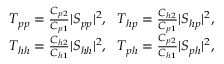
\begin{array} { r l r } & { } & { T _ { p p } = \frac { C _ { p 2 } } { C _ { p 1 } } \vert S _ { p p } \vert ^ { 2 } , ~ ~ T _ { h p } = \frac { C _ { h 2 } } { C _ { p 1 } } \vert S _ { h p } \vert ^ { 2 } , } \\ & { } & { T _ { h h } = \frac { C _ { h 2 } } { C _ { h 1 } } \vert S _ { h h } \vert ^ { 2 } , ~ ~ T _ { p h } = \frac { C _ { p 2 } } { C _ { h 1 } } \vert S _ { p h } \vert ^ { 2 } , } \end{array}